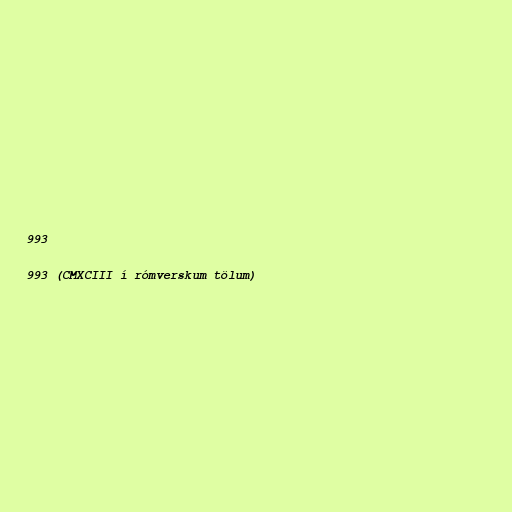
993

993 (CMXCIII í rómverskum tölum)